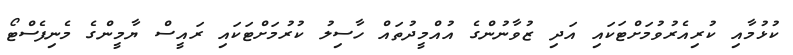
ކުޅުމާއި ކުރިއެރުވުމަށްޓަކައި އަދި ޒުވާނުންގެ އުއްމީދުތައް ހާސިލު ކުރުމަށްޓަކައި ރައީސް ޔާމީންގެ މެނިފެސްޓޯ